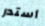
أستدر